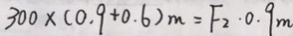
3 0 0 \times ( 0 . 9 + 0 . 6 ) _ { m } = F _ { 2 } \cdot 0 . 9 m